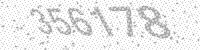
Solution: 356178